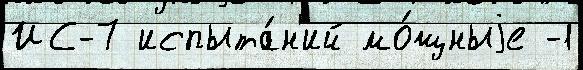
ИС-7 испыта́н'ий мо́щныjе -1